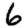
Digit: 6